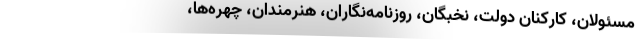
مسئولان، کارکنان دولت، نخبگان، روزنامه‌نگاران، هنرمندان، چهره‌ها،